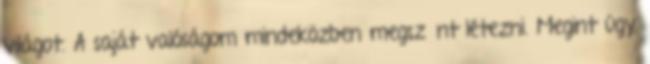
világot. A saját valóságom mindeközben megszűnt létezni. Megint úgy